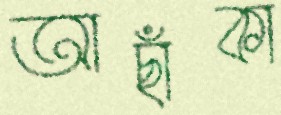
আছাঁকা